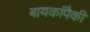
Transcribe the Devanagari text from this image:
बायकांपैकी